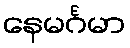
နေမင်္ဂမာ